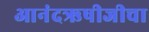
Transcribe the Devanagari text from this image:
आनंदऋषीजीचा